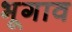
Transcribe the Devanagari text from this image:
भूगाव